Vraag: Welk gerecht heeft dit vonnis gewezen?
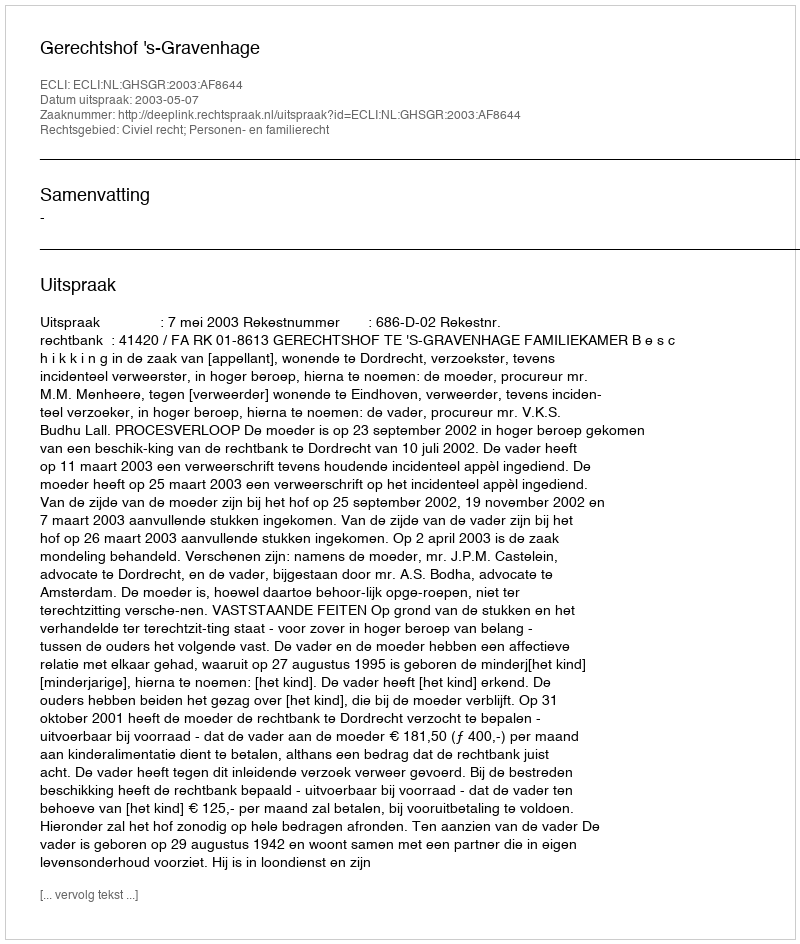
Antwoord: Gerechtshof 's-Gravenhage